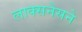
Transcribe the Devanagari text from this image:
लाक्सनेसने